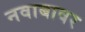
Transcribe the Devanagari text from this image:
नवाबावर